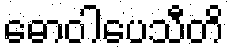
ဓောဝါပေသီတိ